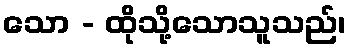
သော - ထိုသို့သောသူသည်၊